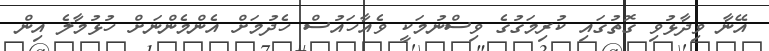
އޭނާ ވިދާޅުވި ގޮތުގައި ކުރިމަގުގެ ވިސްނުމަކީ ވެއާހައުސް ހެދުމަށް އެންމެންނަށް ހުޅުމާލެ އިން